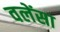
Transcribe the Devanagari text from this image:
वलेंसा